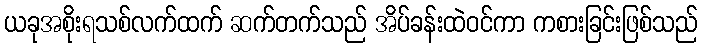
ယခုအစိုးရသစ်လက်ထက် ဆက်တက်သည် အိပ်ခန်းထဲဝင်ကာ ကစားခြင်းဖြစ်သည်